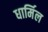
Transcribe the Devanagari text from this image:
धार्मिल